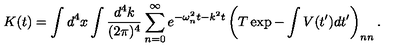
K ( t ) = \int d ^ { 4 } x \int { \frac { d ^ { 4 } k } { ( 2 \pi ) ^ { 4 } } } \sum _ { n = 0 } ^ { \infty } e ^ { - \omega _ { n } ^ { 2 } t - k ^ { 2 } t } \left( T \exp - \int V ( t ^ { \prime } ) d t ^ { \prime } \right) _ { n n } .